Lunatic asylums Bombay report 1878-1890 - 1878-1890
Year: 1878
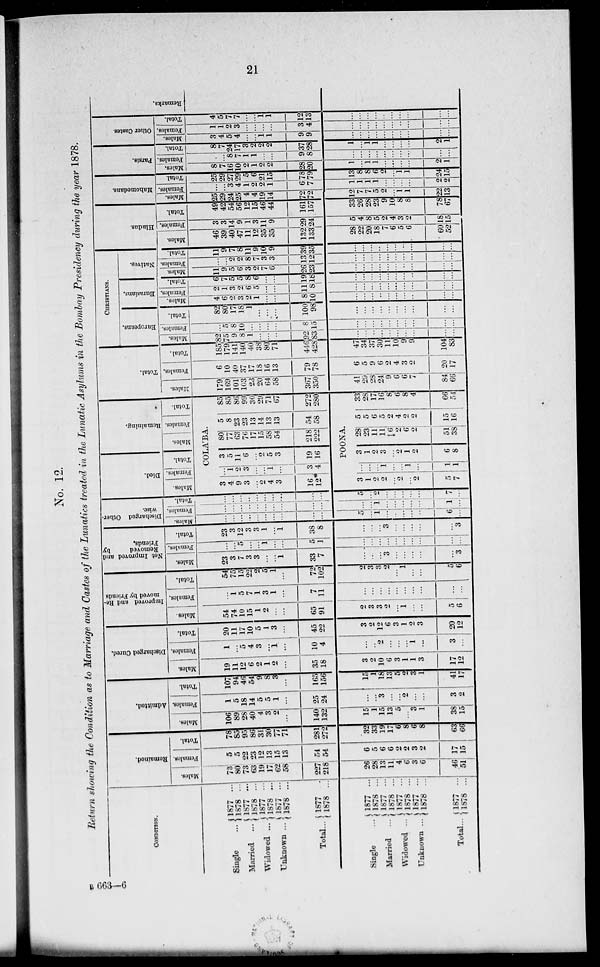
21
B 663—6
No. 12.
Return showing the Condition as to Marriage and Castes of the Lunatics treated in the Lunatic Asylums in the Bombay Presidency during the year 1878.
CONDITION.
Single ...
Married ...
Widowed ...
Unknown ...
Total...
Single
...
Married
...
Widowed ...
Unknown ...
Total...
1877 ...
1878 ...
1877 ...
1878 ...
1877 ...
1878 ...
1877 ...
1878 ...
1877 ...
1878 ...
1877 ...
1878 ...
1877 ...
1878 ...
1877 ...
1878 ...
1877 ...
1878 ...
1877 ...
1878 ...
Remained.
Males.
73
80
73
63
19
17
62
58
227
218
26
28
13
11
4
6
3
6
46
51
Females.
5
5
22
23
12
13
15
13
54
54
6
5
6
6
2
2
3
2
17
15
Total.
78
85
95
86
31
30
77
71
281
272
32
33
19
17
6
8
6
8
63
66
Admitted.
Males.
106
89
28
40
4
3
2
...
140
132
15
1
15
13
5
...
3
1
38
15
Females.
1
5
18
14
5
5
1
...
25
24
...
...
3
...
...
2
...
...
3
2
Total.
107
94
46
54
9
8
3
...
165
156
15
1
18
13
5
2
3
1
41
17
Discharged Cured.
Males.
19
11
12
6
2
1
2
...
35
18
3
2
10
6
3
1
1
3
17
12
Females.
1
...
5
4
3
...
1
...
10
4
...
...
2
...
...
...
1
...
3
...
Total.
20
11
17
10
5
1
3
...
45
22
3
2
12
6
3
1
2
3
20
12
Improved and Re-
moved by Friends.
Males.
54
74
10
15
1
2
...
...
65
91
2
3
3
2
...
1
...
...
5
6
Females.
...
1
5
7
1
3
1
...
7
11
...
...
...
...
...
...
....
...
...
...
Total.
54
75
15
22
2
5
1
...
72
102
2
3
3
2
...
...
...
...
5
6
Not Improved and
Removed
by
Friends.
Males.
23
3
7
3
3
...
...
1
33
7
...
...
...
3
...
...
...
...
...
3
Females.
...
...
5
...
...
1
...
...
5
1
...
...
...
...
...
...
...
...
...
...
Total.
23
3
12
3
3
1
...
1
38
8
...
...
...
3
...
...
...
...
...
3
Discharged Other-
wise.
Males.
...
...
...
...
...
...
...
...
...
...
5
...
1
...
...
...
...
...
6
...
Females.
...
...
...
...
...
...
...
...
...
...
...
...
1
...
...
...
...
...
1
...
Total.
...
...
...
...
...
...
...
...
...
...
5
...
2
...
...
...
...
...
7
...
Died.
Males.
Females.
Total.
Remaining.
Males.
Females.
Total.
COLA'BA.
3
4
9
3
...
2
4
3
16
12
...
1
2
3
...
...
1
...
3
4
3
5
11
6
...
2
5
3
19
16
80
77
63
76
17
15
58
54
218
222
5
8
23
23
13
14
13
13
54
58
85
85
86
99
30
29
71
67
272
280
POONA.
3
1
2
2
...
2
...
2
...
7
...
...
...
...
...
...
1
...
1
1
3
1
2
3
...
2
1
2
6
8
28
23
11
11
6
2
6
2
51
38
5
5
6
5
2
4
2
2
15
16
33
28
17
16
8
6
8
4
66
54
Total.
Males.
179
169
101
103
23
20
64
58
367
350
41
29
28
24
9
6
6
7
84
66
Females.
6
10
40
37
17
18
16
13
79
78
6
5
9
6
2
4
3
2
20
17
Total.
185
179
141
140
40
38
80
71
446
428
47
34
37
30
11
10
9
9
104
83
CHRISTIANS.
Europeans.
Males.
82
75
9
8
1
...
...
...
...
83
...
...
...
...
...
...
...
...
...
...
Females.
...
5
8
10
...
...
...
...
8
15
...
...
...
...
...
...
...
...
...
...
Total.
82
80
17
18
1
...
...
...
100
98
...
...
...
...
...
...
...
...
...
...
Eurasians.
Males.
4
6
2
3
2
1
...
...
8
10
...
...
...
...
...
...
...
...
...
...
Females.
2
1
3
2
6
5
...
...
11
8
...
...
...
...
...
...
...
...
...
...
Total.
6
7
5
5
8
6
...
...
19
18
...
...
...
...
...
...
...
...
...
...
Natives.
Males.
11
9
5
6
3
2
7
6
26
23
...
...
...
...
...
...
...
...
...
...
Females.
...
...
2
2
8
7
3
3
13
12
...
...
...
...
...
...
...
...
...
...
Total.
11
9
7
8
11
9
10
9
39
35
...
...
...
...
...
...
...
...
...
...
Hindus.
Males.
46
39
40
47
11
12
35
35
132
133
28
22
20
18
7
6
5
6
60
52
Females.
3
3
14
9
1
3
11
9
29
24
5
4
8
5
2
4
3
2
18
15
Total.
49
42
54
56
12
15
46
44
161
157
33
26
28
23
9
10
8
8
78
67
Mahomedans.
Males.
25
29
24
25
4
4
19
14
72
72
12
7
7
5
2
...
1
1
22
13
Females.
...
...
3
4
1
2
2
1
6
7
1
1
1
1
...
...
...
...
2
2
Total.
25
29
27
...
5
6
21
15
78
79
13
8
8
6
2
...
1
1
24
15
Parsis.
Males.
8
7
16
10
2
1
2
2
28
20
1
...
1
1
...
...
...
...
2
1
Females.
...
...
8
7
1
1
...
...
9
8
...
...
...
...
...
...
...
...
...
...
Total.
8
7
24
17
3
2
2
2
37
28
1
...
1
1
...
...
...
...
2
1
Other Castes.
Males.
3
4
5
4
...
...
1
1
9
9
...
...
...
...
...
...
...
...
...
...
Females.
1
1
2
3
...
...
...
...
3
4
...
...
...
...
...
...
...
...
...
...
Total.
4
5
7
7
...
...
1
1
12
13
...
...
...
...
...
...
...
...
...
...
Remarks.